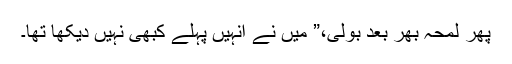
پھر لمحہ بھر بعد بولی،” میں نے انہیں پہلے کبھی نہیں دیکھا تھا۔